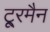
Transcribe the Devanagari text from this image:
टू्रमैन